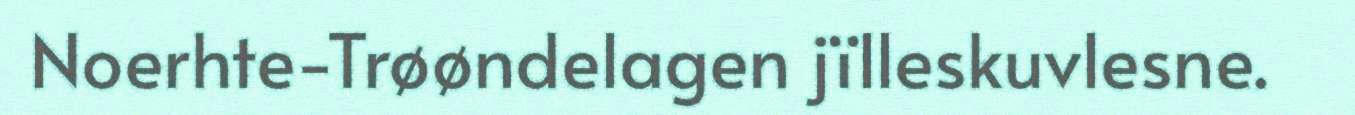
Noerhte-Trøøndelagen jïlleskuvlesne.